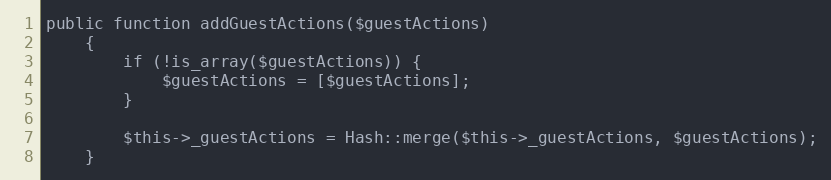
Language: PHP
public function addGuestActions($guestActions)
    {
        if (!is_array($guestActions)) {
            $guestActions = [$guestActions];
        }

        $this->_guestActions = Hash::merge($this->_guestActions, $guestActions);
    }